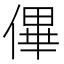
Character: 𠌫